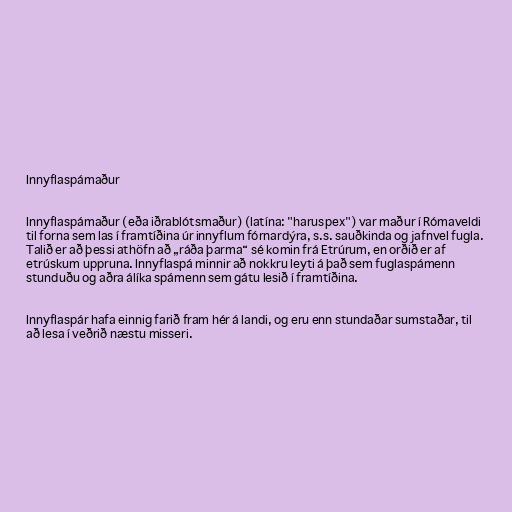
Innyflaspámaður

Innyflaspámaður (eða iðrablótsmaður) (latína: "haruspex") var maður í Rómaveldi
til forna sem las í framtíðina úr innyflum fórnardýra, s.s. sauðkinda og jafnvel fugla.
Talið er að þessi athöfn að „ráða þarma“ sé komin frá Etrúrum, en orðið er af
etrúskum uppruna. Innyflaspá minnir að nokkru leyti á það sem fuglaspámenn
stunduðu og aðra álíka spámenn sem gátu lesið í framtíðina.

Innyflaspár hafa einnig farið fram hér á landi, og eru enn stundaðar sumstaðar, til
að lesa í veðrið næstu misseri.